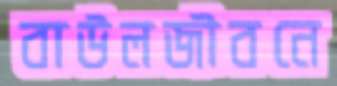
বাউলজীবনে